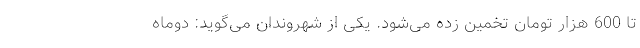
تا 600 هزار تومان تخمین زده می‌شود. یکی از شهروندان می‌گوید: دوماه